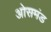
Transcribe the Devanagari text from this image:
ओसमंड